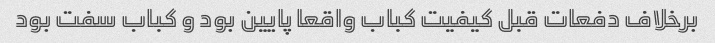
برخلاف دفعات قبل کیفیت کباب واقعا پایین بود و کباب سفت بود